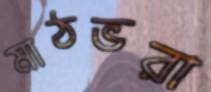
মাঠভরা